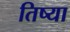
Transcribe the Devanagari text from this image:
तिष्या